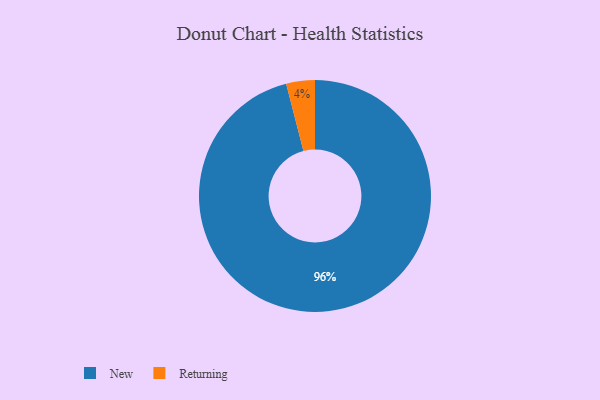
{"axis": {"x": "Category", "y": "Percentage"}, "legend": ["New", "Returning"], "data": [{"x": "Returning", "y": 4, "type": "Returning"}, {"x": "New", "y": 96, "type": "New"}]}